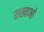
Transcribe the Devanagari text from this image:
सखाओ